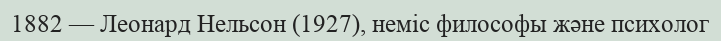
1882 — Леонард Нельсон (1927), неміс философы және психолог